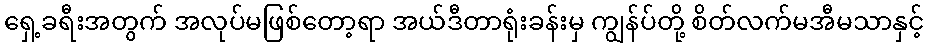
ရှေ့ခရီးအတွက် အလုပ်မဖြစ်တော့ရာ အယ်ဒီတာရုံးခန်းမှ ကျွန်ပ်တို့ စိတ်လက်မအီမသာနှင့်